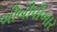
બીબીપીઆર